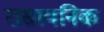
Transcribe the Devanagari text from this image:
रासायनिक